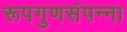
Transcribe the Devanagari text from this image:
रूपगुणसंपन्ना